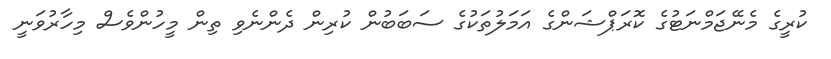
ކުރީގެ މެނޭޖަމްނަޓުގެ ކޮރަޕްޝަންގެ އަމަލުތަކުގެ ސަބަބުން ކުރިން ދެންނެވި ތިން މީހުންވެސް މިހާރުވަނީ